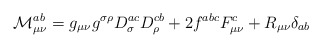
\begin{align*}{\cal M}_{\mu\nu}^{ab}=g_{\mu\nu}g^{\sigma\rho}D^{ac}_{\sigma}D^{cb}_{\rho}+2f^{abc}F_{\mu\nu}^{c}+R_{\mu\nu}\delta_{ab}\end{align*}